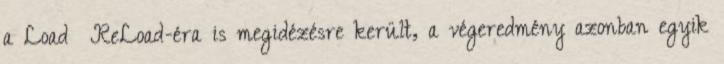
a Load ReLoad-éra is megidézésre került, a végeredmény azonban egyik